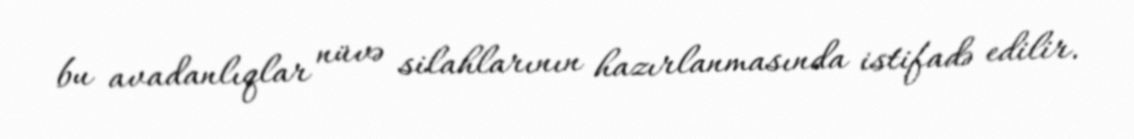
bu avadanlıqlar nüvə silahlarının hazırlanmasında istifadə edilir.